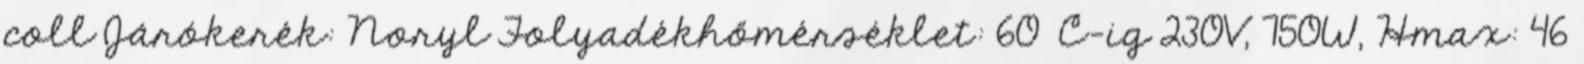
coll Járókerék: Noryl Folyadékhőmérséklet: 60°C-ig 230V, 750W, Hmax: 46